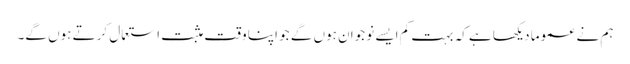
ہم نے عموما دیکھا ہے کہ بہت کم ایسے نوجوان ہوں گے جو اپنا وقت مثبت استعمال کرتے ہوں گے۔